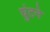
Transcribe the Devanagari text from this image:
घुंटने